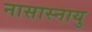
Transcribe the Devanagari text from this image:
नासास्नायु